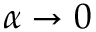
\alpha \rightarrow 0